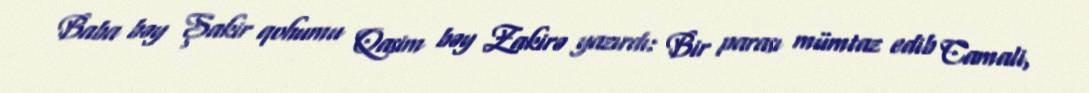
Baba bəy Şakir qohumu Qasim bəy Zakirə yazırdı: Bir parası mümtaz edib Camali,